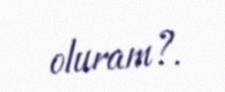
oluram?.